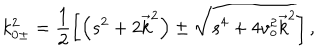
LaTeX: k _ { 0 \pm } ^ { 2 } = \frac { 1 } { 2 } \left[ \left( s ^ { 2 } + 2 \overrightarrow { k } ^ { 2 } \right) \pm \sqrt { s ^ { 4 } + 4 v _ { o } ^ { 2 } \overrightarrow { k } ^ { 2 } } \right] ,